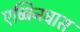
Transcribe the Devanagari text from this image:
एब्बिनघास